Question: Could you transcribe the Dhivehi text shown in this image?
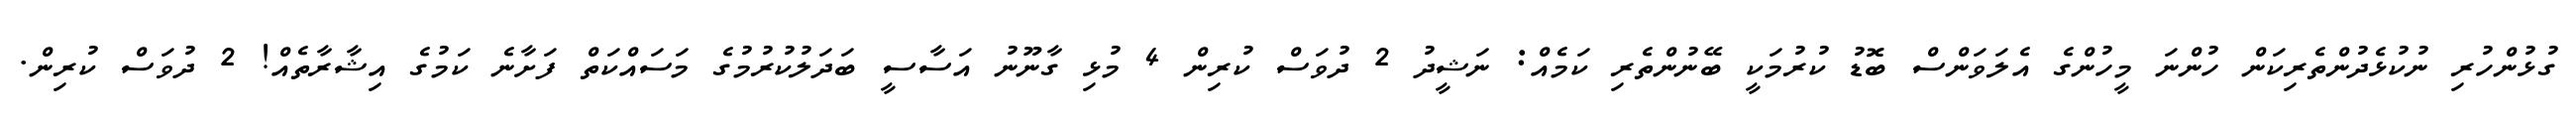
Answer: ގުޅުންހުރި ނުކުޅެދުންތެރިކަން ހުންނަ މީހުންގެ އެލަވަންސް ބޮޑު ކުރުމަކީ ބޭނުންތެރި ކަމެއް: ނަޝީދު 2 ދުވަސް ކުރިން 4 މުޅި ގާނޫނު އަސާސީ ބަދަލުކުރުމުގެ މަސައްކަތް ފަށާނެ ކަމުގެ އިޝާރާތެއް! 2 ދުވަސް ކުރިން.